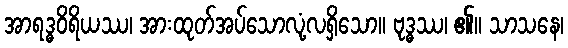
အာရဒ္ဓဝိရိယဿ၊ အားထုတ်အပ်သောလုံ့လရှိသော။ ဗုဒ္ဓဿ၊ ၏။ သာသနေ၊